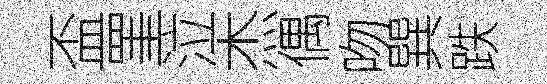
盃罣泣杰偶吻巽跌